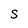
Character: S